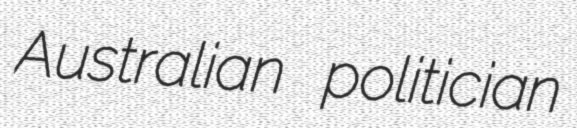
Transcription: Australian politician